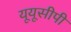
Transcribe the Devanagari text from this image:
यूयूसीपी